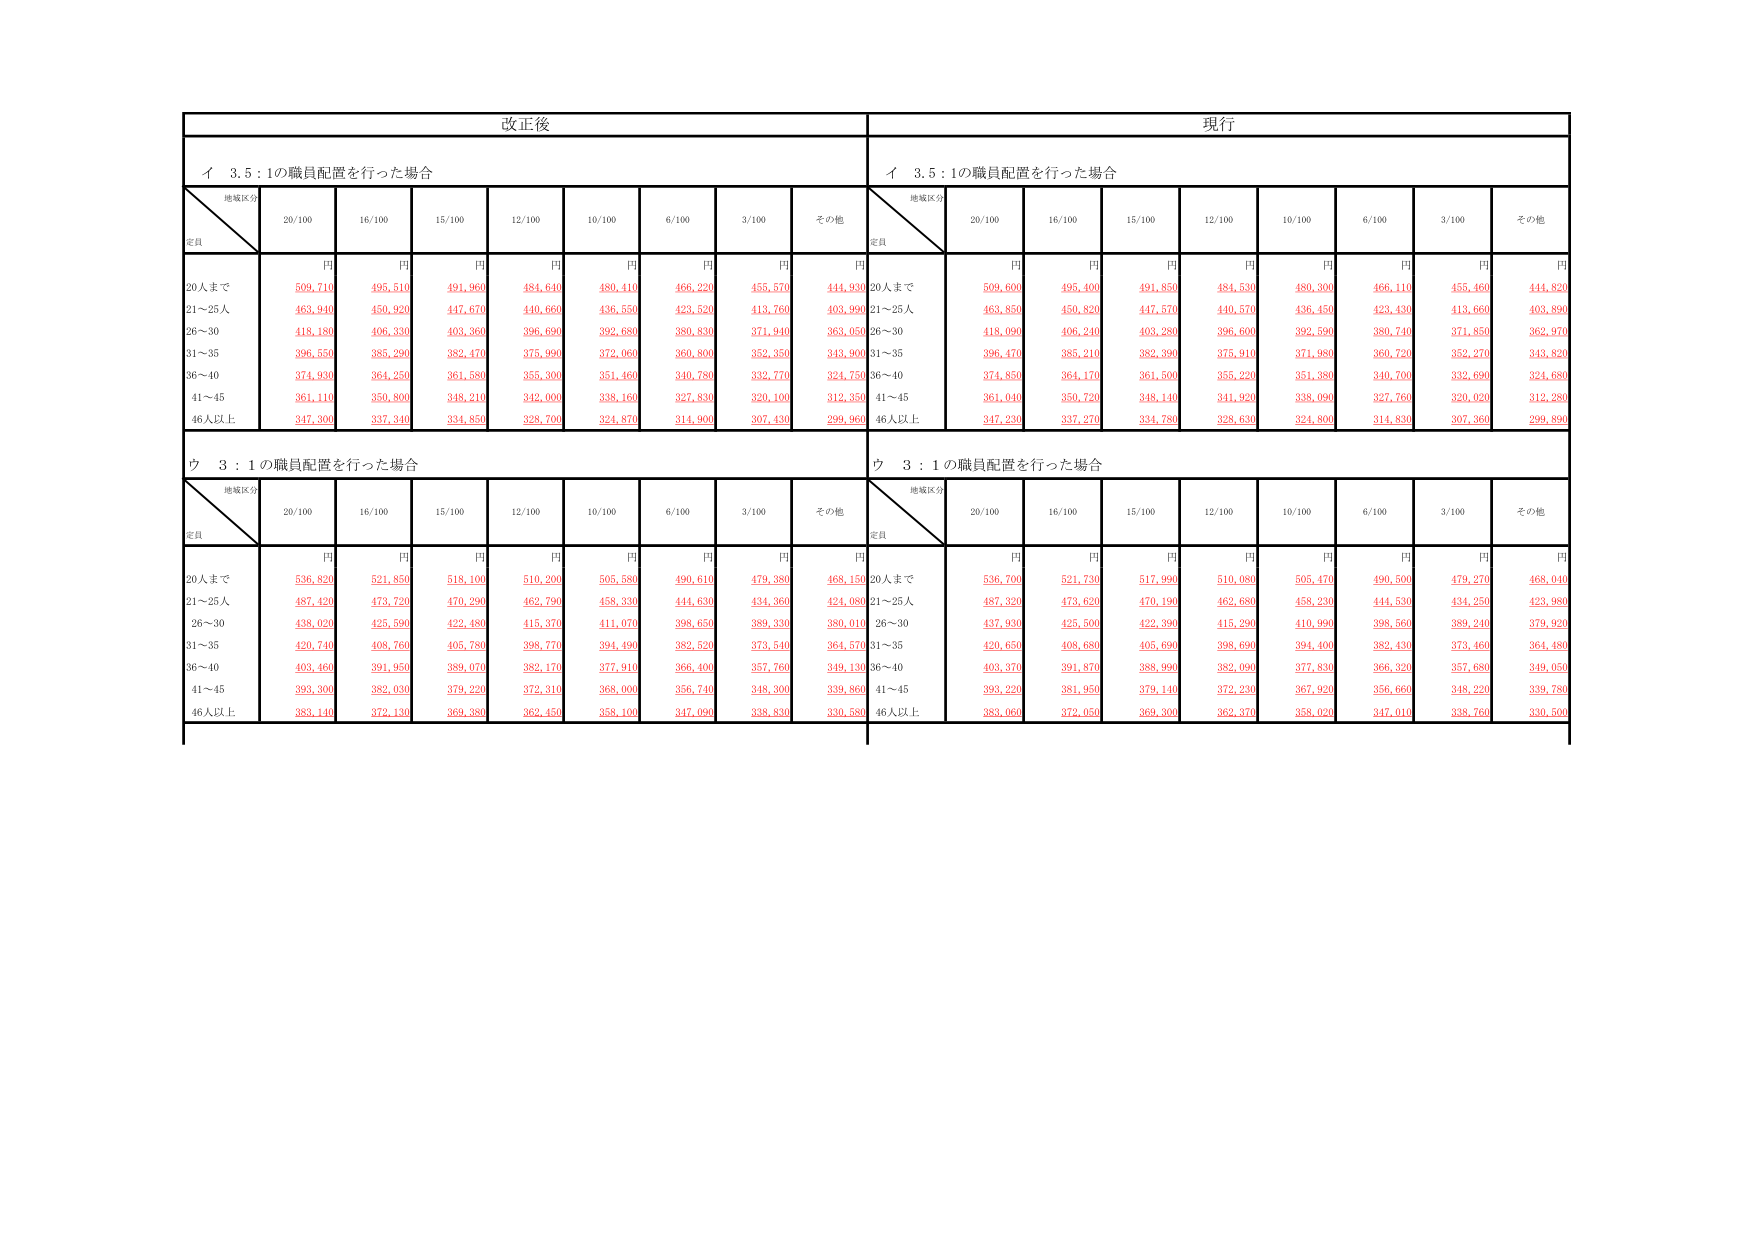
改正後
現行
イ 3.5 : 1の職員配置を行った場合
イ 3.5 : 1の職員配置を行った場合
地域区分
定員
20/100
16/100
15/100
12/100
10/100
6/100
3/100
その他
地域区分
定員
20/100
16/100
15/100
12/100
10/100
6/100
3/100
その他
円
円
円
円
円
円
円
円
円
円
円
円
円
円
円
円
円
円
20人まで
509,710
495,510
491,960
484,640
480,410
466,220
455,570
444,930
20人まで
509,600
495,400
491,850
484,530
480,300
466,110
455,460
444,820
21～25人
463,940
450,920
447,670
440,660
436,550
423,520
413,760
403,990
21～25人
463,850
450,820
447,570
440,570
436,450
423,430
413,660
403,890
26～30
418,180
406,330
403,360
396,690
392,680
380,830
371,940
363,050
26～30
418,090
406,240
403,280
396,600
392,590
380,740
371,850
362,970
31～35
396,550
385,290
382,470
375,990
372,060
360,800
352,350
343,900
31～35
396,470
385,210
382,390
375,910
371,980
360,720
352,270
343,820
36～40
374,930
364,250
361,580
355,300
351,460
340,780
332,770
324,750
36～40
374,850
364,170
361,500
355,220
351,380
340,700
332,690
324,680
41～45
361,110
350,800
348,210
342,000
338,160
327,830
320,100
312,350
41～45
361,040
350,720
348,140
341,920
338,090
327,760
320,020
312,280
46人以上
347,300
337,340
334,850
328,700
324,870
314,900
307,430
299,960
46人以上
347,230
337,270
334,780
328,630
324,800
314,830
307,360
299,890
ウ 3 : 1の職員配置を行った場合
ウ 3 : 1の職員配置を行った場合
地域区分
定員
20/100
16/100
15/100
12/100
10/100
6/100
3/100
その他
地域区分
定員
20/100
16/100
15/100
12/100
10/100
6/100
3/100
その他
円
円
円
円
円
円
円
円
円
円
円
円
円
円
円
円
円
円
20人まで
536,820
521,850
518,100
510,200
505,580
490,610
479,380
468,150
20人まで
536,700
521,730
517,990
510,080
505,470
490,500
479,270
468,040
21～25人
487,420
473,720
470,290
462,790
458,330
444,630
434,360
424,080
21～25人
487,320
473,620
470,190
462,680
458,230
444,530
434,250
423,980
26～30
438,020
425,590
422,480
415,370
411,070
398,650
389,330
380,010
26～30
437,930
425,500
422,390
415,290
410,990
398,560
389,240
379,920
31～35
420,740
408,760
405,780
398,770
394,490
382,520
373,540
364,570
31～35
420,650
408,680
405,690
398,690
394,400
382,430
373,460
364,480
36～40
403,460
391,950
389,070
382,170
377,910
366,400
357,760
349,130
36～40
403,370
391,870
388,990
382,090
377,830
366,320
357,680
349,050
41～45
393,300
382,030
379,220
372,310
368,000
356,740
348,300
339,860
41～45
393,220
381,950
379,140
372,230
367,920
356,660
348,220
339,780
46人以上
383,140
372,130
369,380
362,450
358,100
347,090
338,830
330,580
46人以上
383,060
372,050
369,300
362,370
358,020
347,010
338,760
330,500